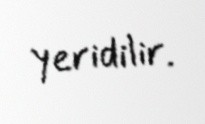
yeridilir.